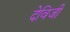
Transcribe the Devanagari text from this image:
देविजी